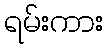
ရမ်းကား